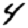
Digit: 4